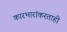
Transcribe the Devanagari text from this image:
कारभारांकरताही